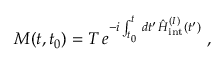
M ( t , t _ { 0 } ) = T \, e ^ { - i \int _ { t _ { 0 } } ^ { t } \, d t ^ { \prime } \, \hat { H } _ { \mathrm { i n t } } ^ { ( I ) } ( t ^ { \prime } ) } \ ,